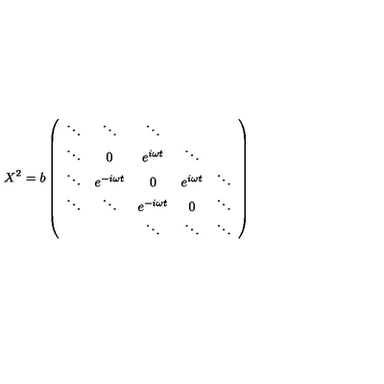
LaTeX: X ^ { 2 } = b \left( \begin{array} { c c c c c } { \ddots } & { \ddots } & { \ddots } & { } & { } \\ { \ddots } & { 0 } & { e ^ { i \omega t } } & { \ddots } & { } \\ { \ddots } & { e ^ { - i \omega t } } & { 0 } & { e ^ { i \omega t } } & { \ddots } \\ { \ddots } & { \ddots } & { e ^ { - i \omega t } } & { 0 } & { \ddots } \\ { } & { } & { \ddots } & { \ddots } & { \ddots } \\ \end{array} \right)